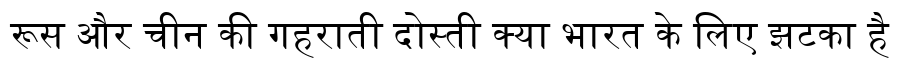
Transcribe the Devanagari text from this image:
रूस और चीन की गहराती दोस्ती क्या भारत के लिए झटका है